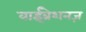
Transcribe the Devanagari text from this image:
वाईब्रेशनज़